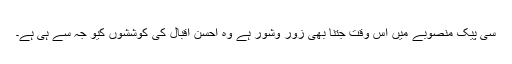
سی پیک منصوبے میں اس وقت جتنا بھی زور وشور ہے وہ احسن اقبال کی کوششوں کیو جہ سے ہی ہے۔